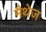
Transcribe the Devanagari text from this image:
मैथेज